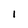
Character: 1